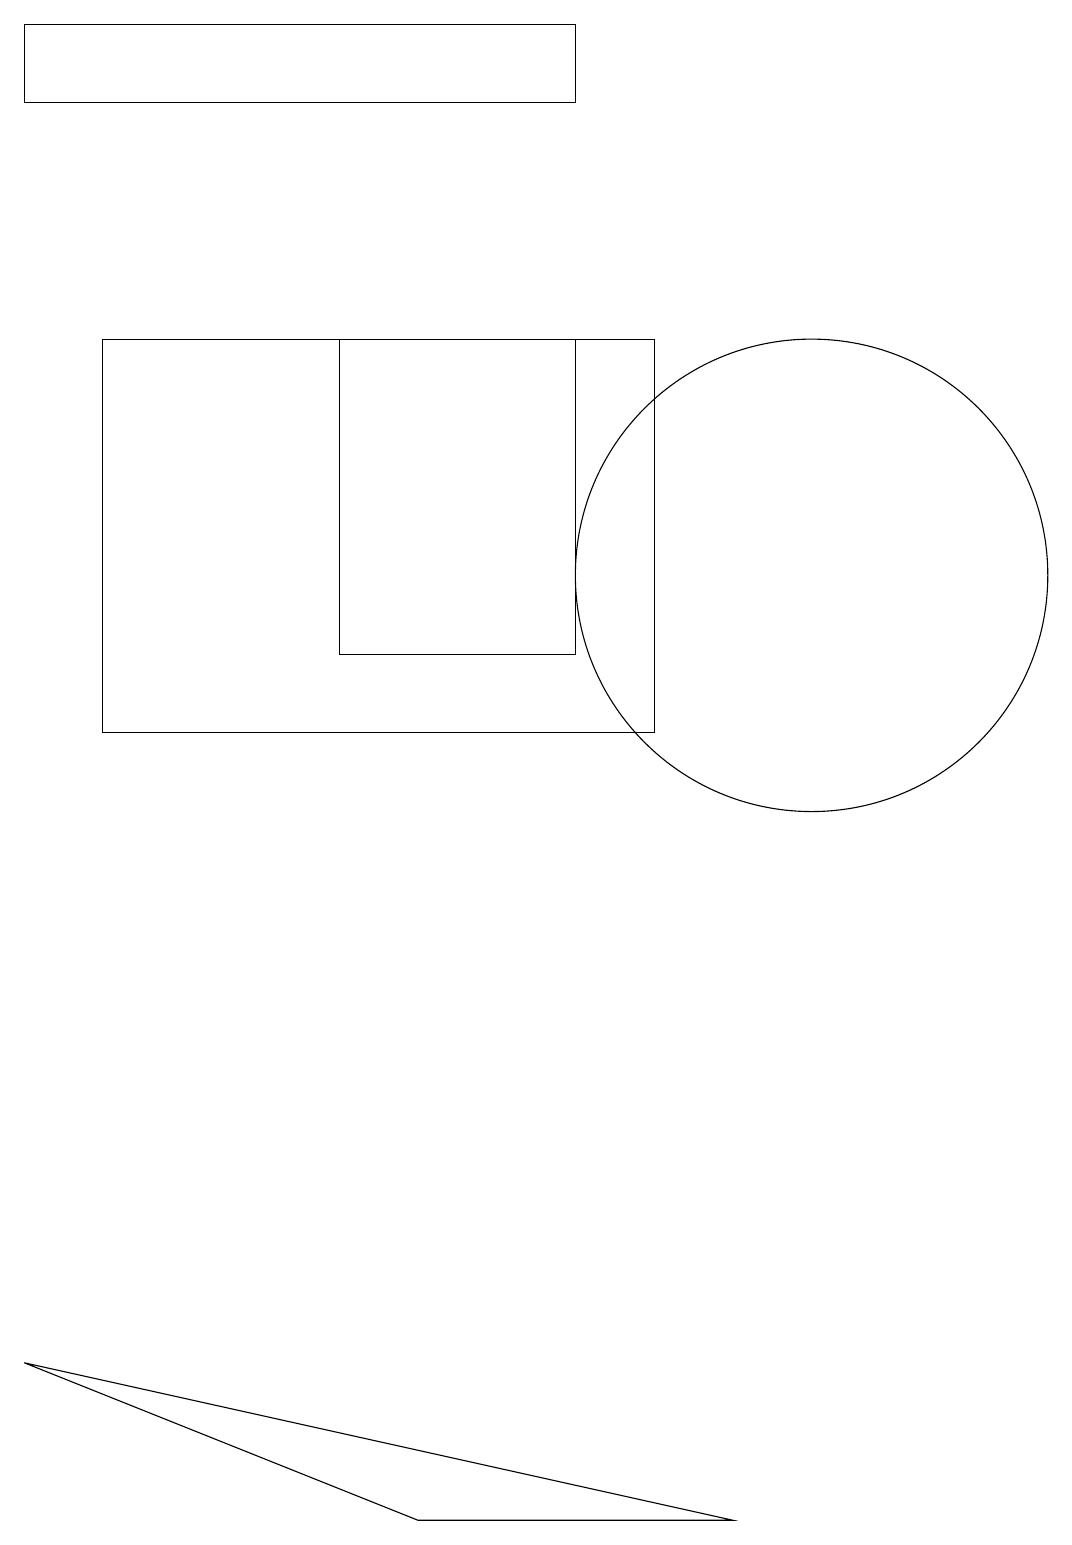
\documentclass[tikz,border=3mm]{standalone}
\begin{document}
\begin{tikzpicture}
\draw (10,12) circle (3);
\draw (4,15) rectangle (7,11);
\draw (0,2) -- (5,0) -- (9,0) -- cycle;
\draw (7,19) rectangle (0,18);
\draw (8,10) rectangle (1,15);
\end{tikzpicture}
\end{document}